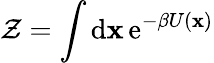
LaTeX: \mathcal{Z}=\int\operatorname{d\mathbf{x}}\operatorname{e}^{-\beta U(\mathbf{x})}